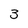
Character: 3